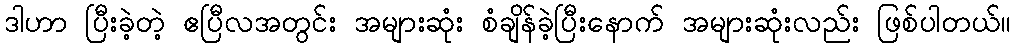
ဒါဟာ ပြီးခဲ့တဲ့ ဧပြီလအတွင်း အများဆုံး စံချိန်ခဲ့ပြီးနောက် အများဆုံးလည်း ဖြစ်ပါတယ်။